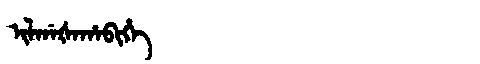
Manchu: ᡳᠯᡤᠠᡧᠠᡥᠠᠪᡳᡥᡝ
Romanization: ILGAŠAHABIHE